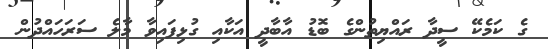
ގެ ކަމެކޭ ސީދާ ރައްޔިތުންގެ ބޮޑު އާބާދީ އަކާއި ގުޅިފައިވާ މާލެ ސަރަހައްދުން